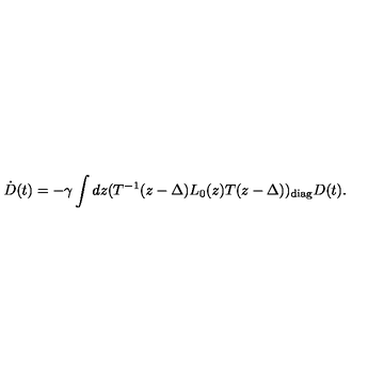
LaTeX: \dot { D } ( t ) = - \gamma \int d z ( T ^ { - 1 } ( z - \Delta ) L _ { 0 } ( z ) T ( z - \Delta ) ) _ { \mathrm { d i a g } } D ( t ) .